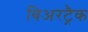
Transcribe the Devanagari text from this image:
बिअरट्रैक